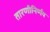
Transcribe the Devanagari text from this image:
तारणीनिर्णय